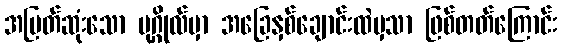
အမြတ်ဆုံးသော ပုဂ္ဂိုလ်မှာ အခြေနှစ်ချောင်းထဲမှသာ ဖြစ်တတ်ကြောင်း